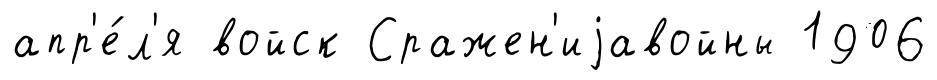
апр'е́л'я войск Сражен'иjавойны 1906